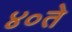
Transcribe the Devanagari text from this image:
४०ते